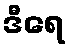
ဒီရေ